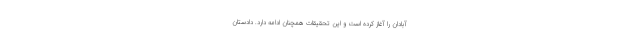
آبادان را آغاز کرده است و این تحقیقات همچنان ادامه دارد. دادستان